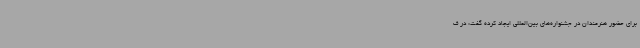
برای حضور هنرمندان در جشنواره‌های بین‌المللی ایجاد کرده گفت: در ف